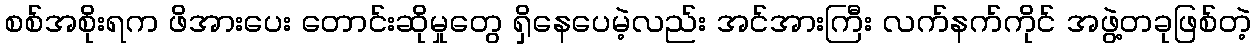
စစ်အစိုးရက ဖိအားပေး တောင်းဆိုမှုတွေ ရှိနေပေမဲ့လည်း အင်အားကြီး လက်နက်ကိုင် အဖွဲ့တခုဖြစ်တဲ့